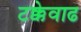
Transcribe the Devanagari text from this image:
टक्केवाढ